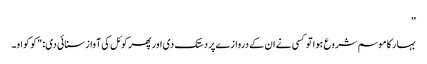
”
بہار کا موسم شروع ہوا تو کسی نے ان کے دروازے پر دستک دی اور پھر کوئل کی آواز سنائی دی: "کو کواو۔